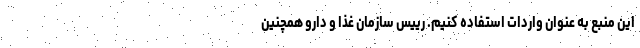
این منبع به عنوان واردات استفاده کنیم. رییس سازمان غذا و دارو همچنین